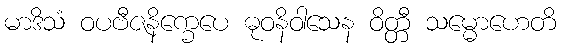
မာဒိသံ ဝပဗီဇနိက္ခေပေ ဓုဝနိဝါသေန ဝိတ္တီ သမ္မောဟေတိ